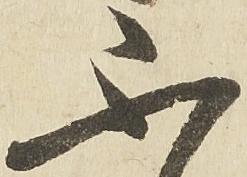
不